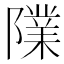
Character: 䧨